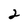
Character: 2